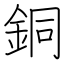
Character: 銅